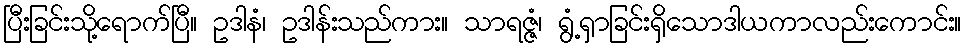
ပြီးခြင်းသို့ရောက်ပြီ။ ဥဒါနံ၊ ဥဒါန်းသည်ကား။ သာရဇ္ဇံ၊ ရွံ့ရှာခြင်းရှိသောဒါယကာလည်းကောင်း။